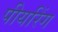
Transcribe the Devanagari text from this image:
पीयरिंग